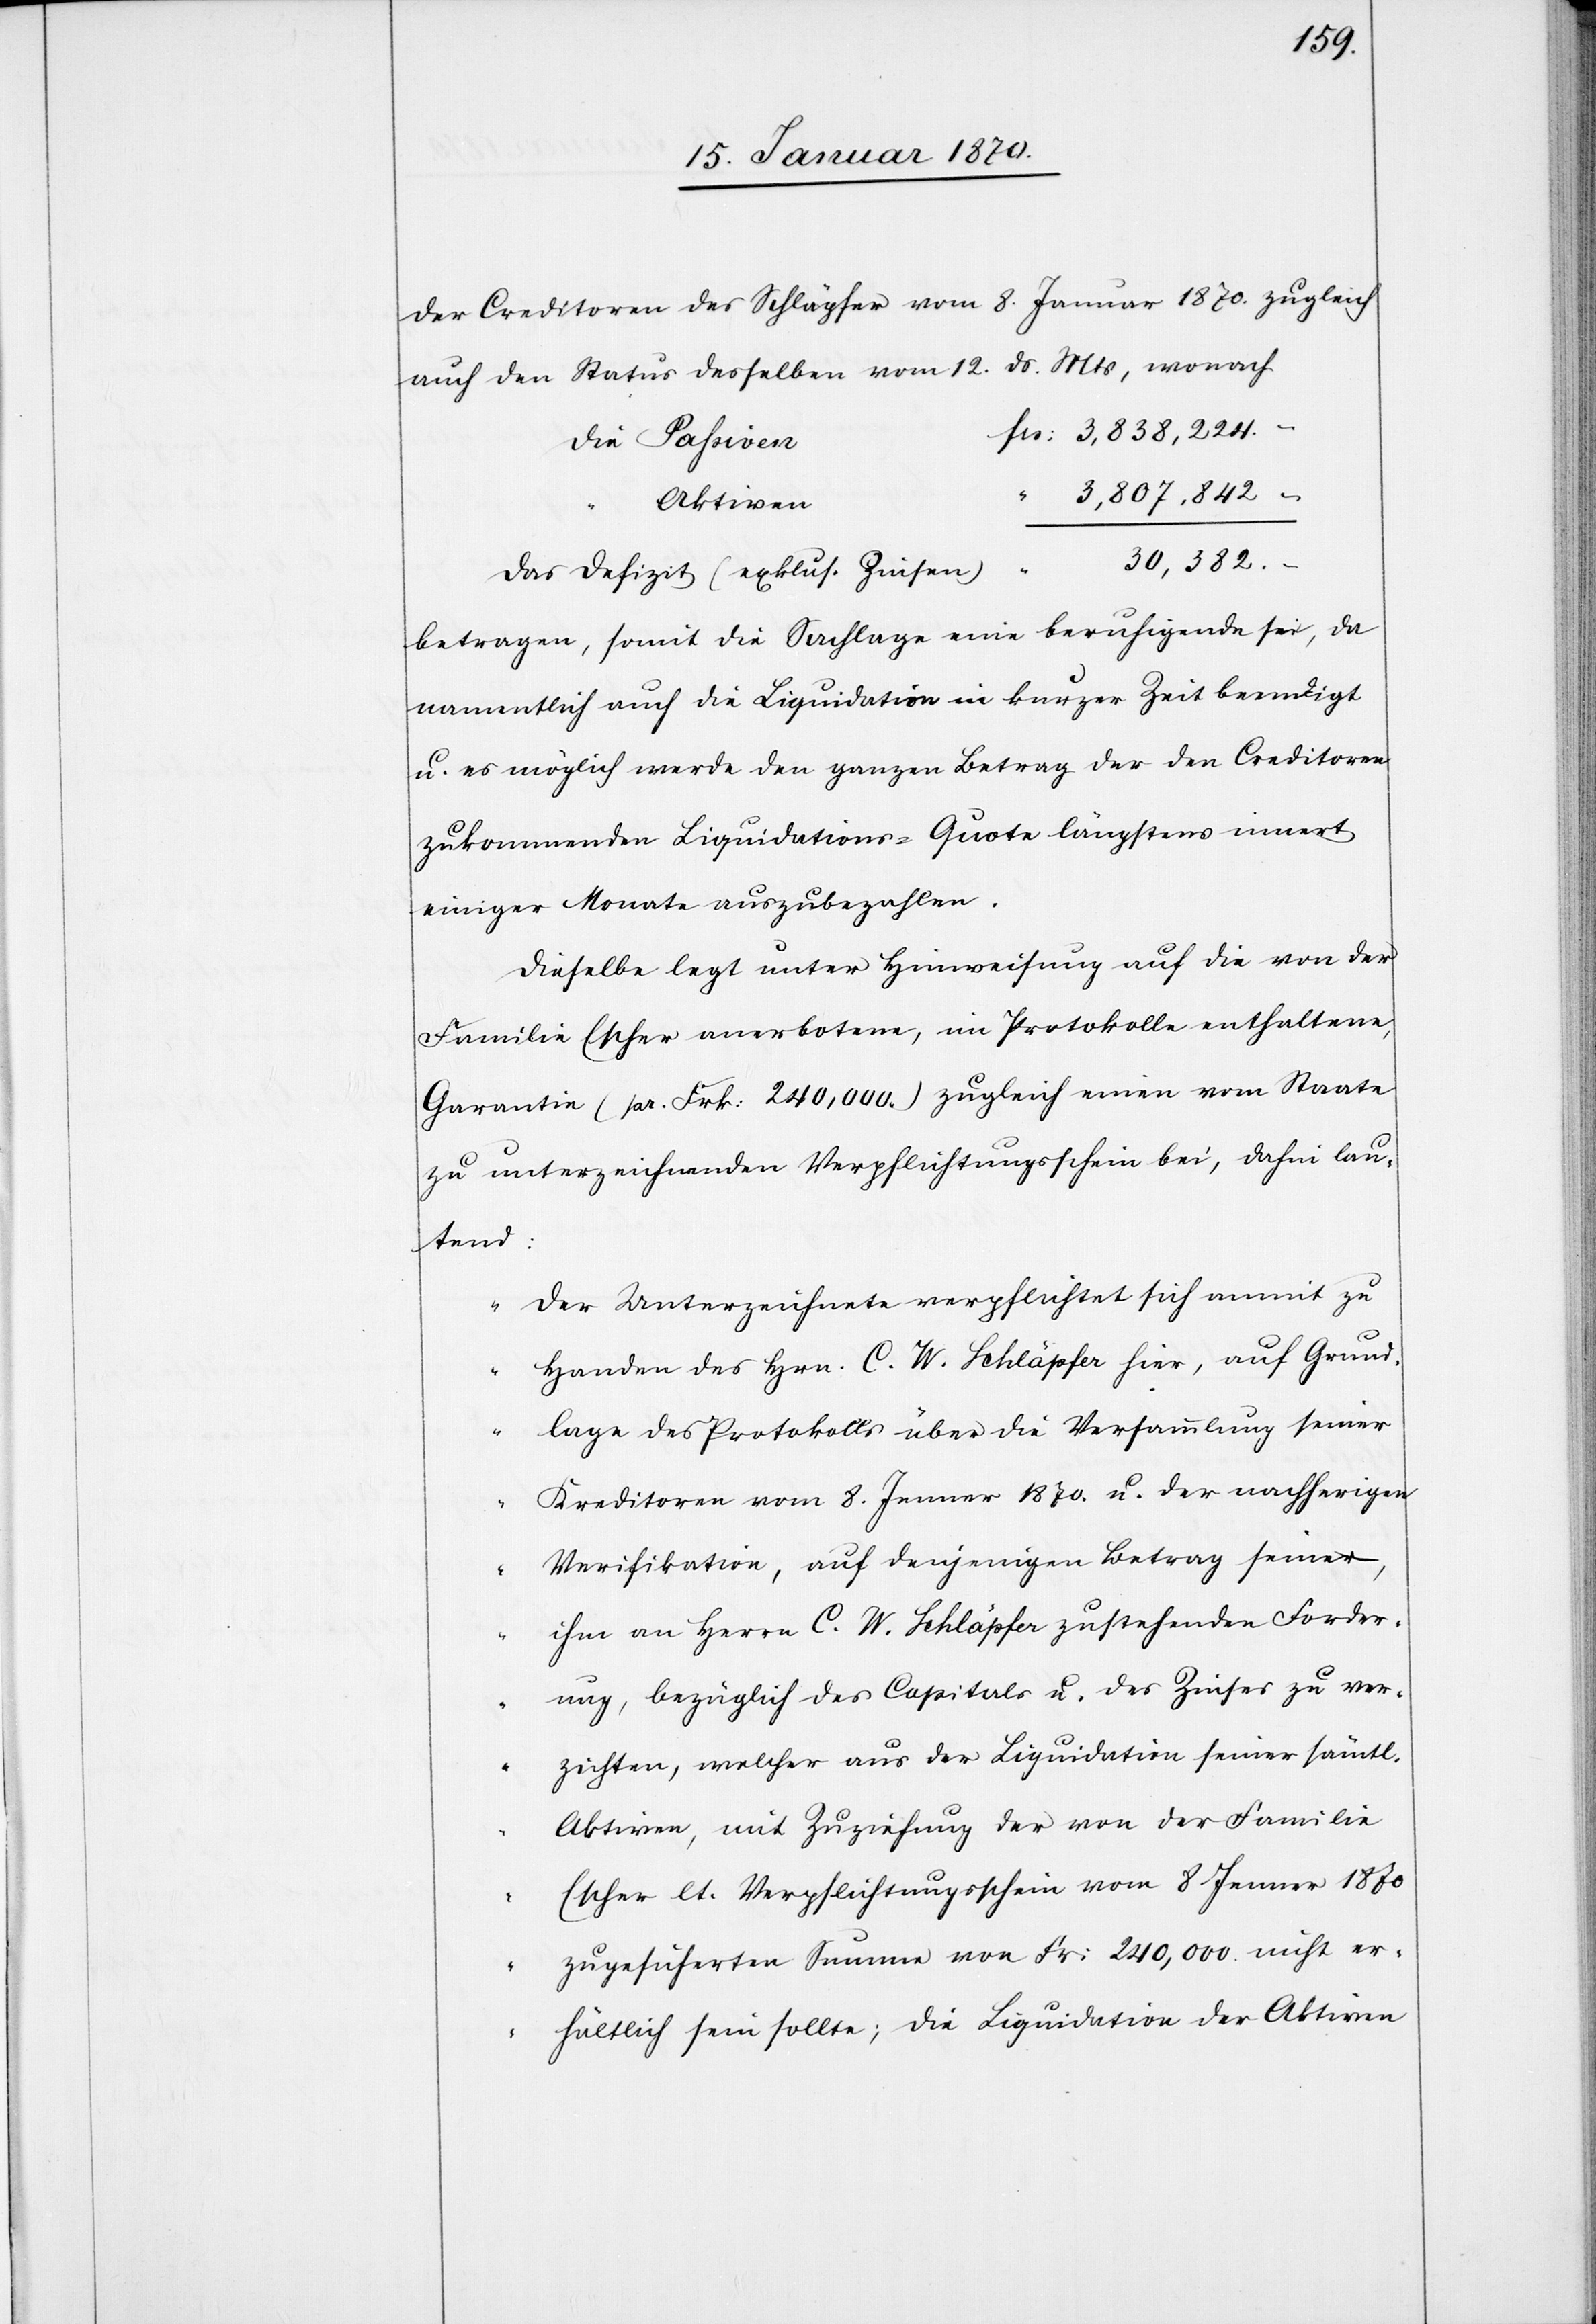
der Creditoren des Schläpfer vom 8. Januar 1870. zugleich
auch den Status desselben vom 12. ds. Mts, wonach
n	frs: 3,838,224.–
die Passive¬
3,807,842.–
Aktiven
30,382.–
Das Defizit (exklus. Zinsen)
betragen, somit die Sachlage eine beruhigende sei, da
namentlich auch die Liquidation in kurzer Zeit beendigt
u. es möglich werde den ganzen Betrag der den Creditoren
zukommenden Liquidations-Quote längstens innert
einiger Monate auszubezahlen.
Dieselbe legt unter Hinweisung auf die von der
Familie Escher anerbotene, im Protokolle enthaltene,
Garantie (pr. Frk: 240,000.) zugleich einen vom Staate
zu unterzeichnenden Verpflichtungsschein bei, dahin lau¬
tend:
„Der Unterzeichnete verpflichtet sich anmit zu
Handen des Hrn. C. W. Schläpfer hier, auf Grund¬
lage des Protokolls über die Versammlung seiner
Kreditoren vom 8. Januar 1870. u. der nachherigen
Verifikation, auf denjenigen Betrag seiner
ihm an Herrn C. W. Schläpfer zustehenden Forder¬
ung, bezüglich des Capitals u. des Zinses zu ver¬
zichten, welcher aus der Liquidation seiner sämtl.
Aktiven, mit Zuziehung der von der Familie
Escher lt. Verpflichtungsschein vom 8 Januar 1870
zugesicherten Summe von Fr: 240,000 nicht er¬
hältlich sein sollte; die Liquidation der Aktiven